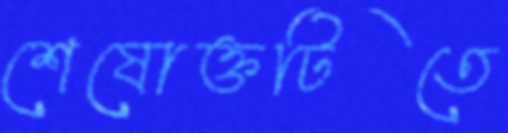
শেষোক্তটিতে